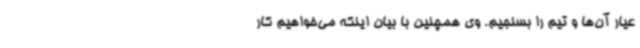
عیار آن‌ها و تیم را بسنجیم. وی همچنین با بیان اینکه می‌خواهیم کار